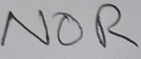
Text: NOR